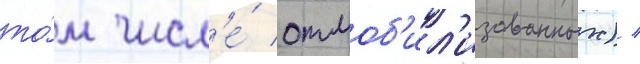
то́м числ'е́ отмоб'ил'изованных) /